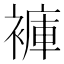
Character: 褲